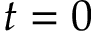
t = 0